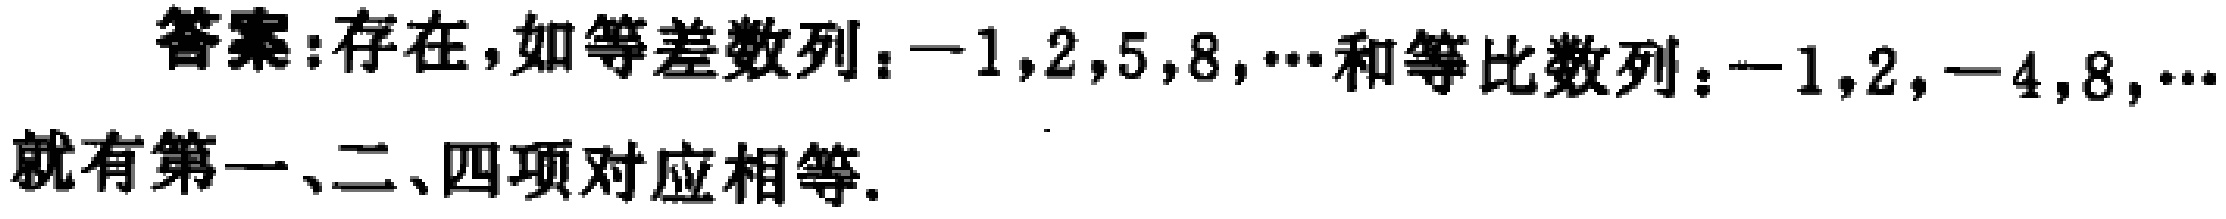
答案:存在,如等差数列：$-1,2,5,8,\cdots$和等比数列：$-1,2,-4,8,\cdots$就有第一、二、四项对应相等.